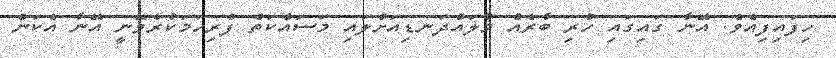
ހިފައިފިއެވެ. އޭނާ ގައިގައި ހުރި ބާރެއް މުލައްދަނޑިއަށްލައި މަސައްކަތް ފުރިހަމަކުރެވޭނީ އޭނާ އެކަން